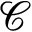
\mathcal { C }